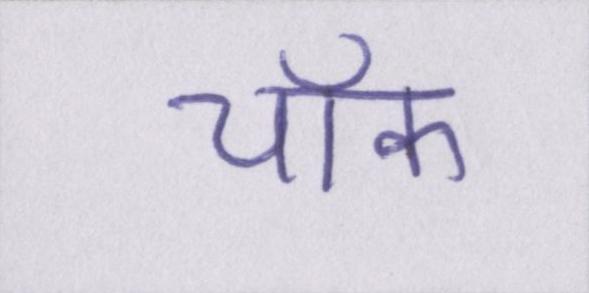
चॉक